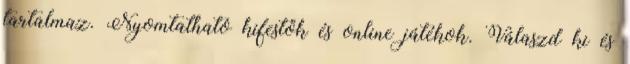
tartalmaz. Nyomtatható kifestők és online játékok. Válaszd ki és